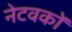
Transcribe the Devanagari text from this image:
नेटवकों